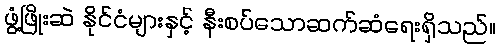
ဖွံ့ဖြိုးဆဲ နိုင်ငံများနှင့် နီးစပ်သောဆက်ဆံရေးရှိသည်။